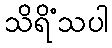
သိရိံသပါ